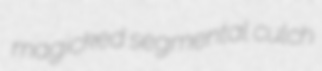
magicked segmental culch